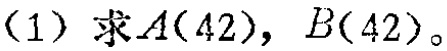
(1) 求\(A(42)\)，\(B(42)\)。